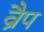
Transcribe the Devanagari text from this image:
व्रैप